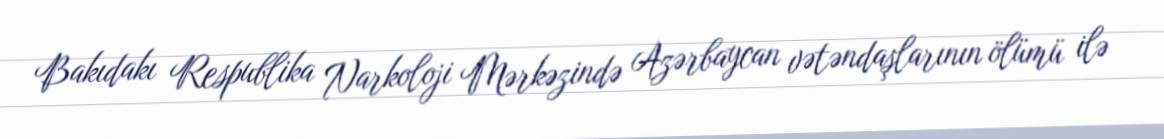
Bakıdakı Respublika Narkoloji Mərkəzində Azərbaycan vətəndaşlarının ölümü ilə